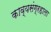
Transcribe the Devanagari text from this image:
काव्यसंग्रहाला